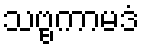
သဗ္ဗကာမဒံ